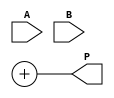
module dadda_multiplier #(
    parameter A_WIDTH = 4, // Width of input A
    parameter B_WIDTH = 4  // Width of input B
) (
    input [A_WIDTH-1:0] A,
    input [B_WIDTH-1:0] B,
    output reg [A_WIDTH + B_WIDTH - 1:0] P
);

    // Intermediate partial products
    wire [A_WIDTH * B_WIDTH - 1:0] partial_products;

    // Step 1: Generate Partial Products
    genvar i, j;
    generate
        for (i = 0; i < A_WIDTH; i = i + 1) begin: pp_gen
            for (j = 0; j < B_WIDTH; j = j + 1) begin: pp_and
                assign partial_products[i * B_WIDTH + j] = A[i] & B[j];
            end
        end
    endgenerate

    // Reduction tree
    wire [A_WIDTH * B_WIDTH - 1:0] sum;
    wire [A_WIDTH * B_WIDTH - 1:0] carry;
    
    // Example Reduction Stage 1
    // This example assumes a specific way to reduce partial products, adjusting based on PP count
    generate
        for (i = 0; i < A_WIDTH; i = i + 1) begin: reduction_stage
            if (i < B_WIDTH) begin
                // Half adder for the first two bits
                if (i < B_WIDTH - 1) begin
                    assign sum[i] = partial_products[i] ^ partial_products[i + 1];
                    assign carry[i] = partial_products[i] & partial_products[i + 1];
                end
            end
        end
    endgenerate

    // You would continue to add more reduction stages here...

    // Final addition logic
    wire [A_WIDTH + B_WIDTH - 1:0] final_sum; // Final sum wire
    wire [A_WIDTH + B_WIDTH - 1:0] final_carry; // Final carry wire

    // Example of final sum using a simple ripple-carry adder (this can be replaced with a more efficient adder)
    assign P = final_sum + final_carry;

endmodule